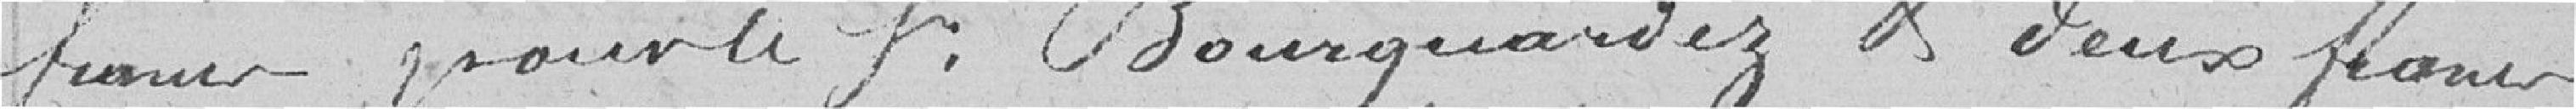
francs pour le Sr Bourquardez & deux francs